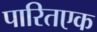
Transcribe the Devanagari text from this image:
पारितएक